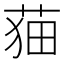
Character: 𦲡